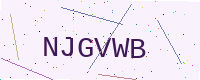
Text: NJGVWB